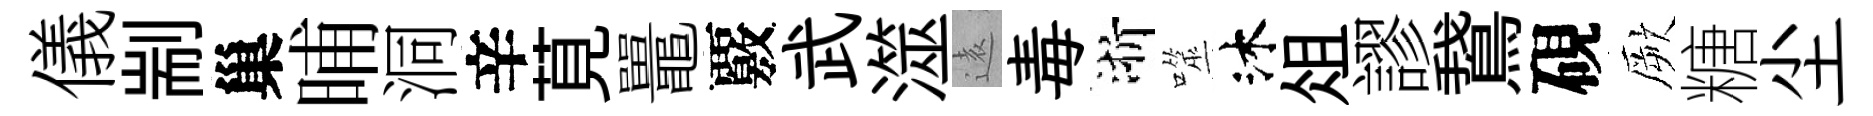
儀剬巢晡洞辛莧鼉覈武澨逺毒浙噬沐俎謬鵞硯厥糖尘